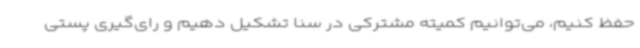
حفظ کنیم، می‌توانیم کمیته مشترکی در سنا تشکیل دهیم و رای‌گیری پستی